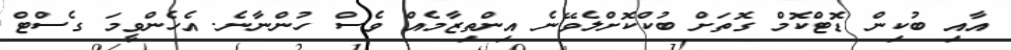
އާއި ބުކިން ޑޮޓްކޮމް ގޮތަށް ބުކްކޮށްލެވޭނެ އިންތިޒާމެއް ވެސް ހުންނާނެ. އެހެންވީމަ ގެސްޓް